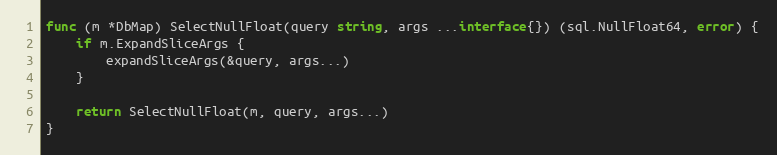
Language: Go
func (m *DbMap) SelectNullFloat(query string, args ...interface{}) (sql.NullFloat64, error) {
	if m.ExpandSliceArgs {
		expandSliceArgs(&query, args...)
	}

	return SelectNullFloat(m, query, args...)
}